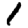
Digit: 1